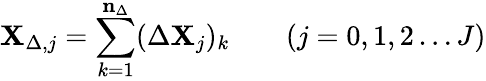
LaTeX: \mathbf{X}_{\Delta,j}=\sum_{k=1}^{\mathbf{n}_{\Delta}}(\Delta\mathbf{X}_{j})_{k}\qquad(j=0,1,2\dots J)